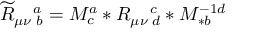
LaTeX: \widetilde { R } _ { \mu \nu \, \, b } ^ { \quad a } = M _ { c } ^ { a } \ast R _ { \mu \nu \, \, d } ^ { \quad c } \ast M _ { \ast b } ^ { - 1 d }